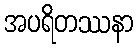
အပရိတဿနာ